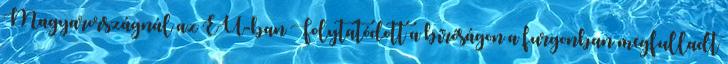
Magyarországnál az EU-ban Folytatódott a bíróságon a furgonban megfulladt